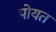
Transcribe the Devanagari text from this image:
पोयत